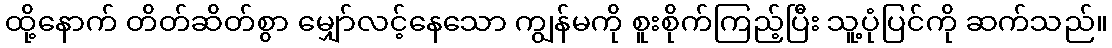
ထို့နောက် တိတ်ဆိတ်စွာ မျှော်လင့်နေသော ကျွန်မကို စူးစိုက်ကြည့်ပြီး သူ့ပုံပြင်ကို ဆက်သည်။